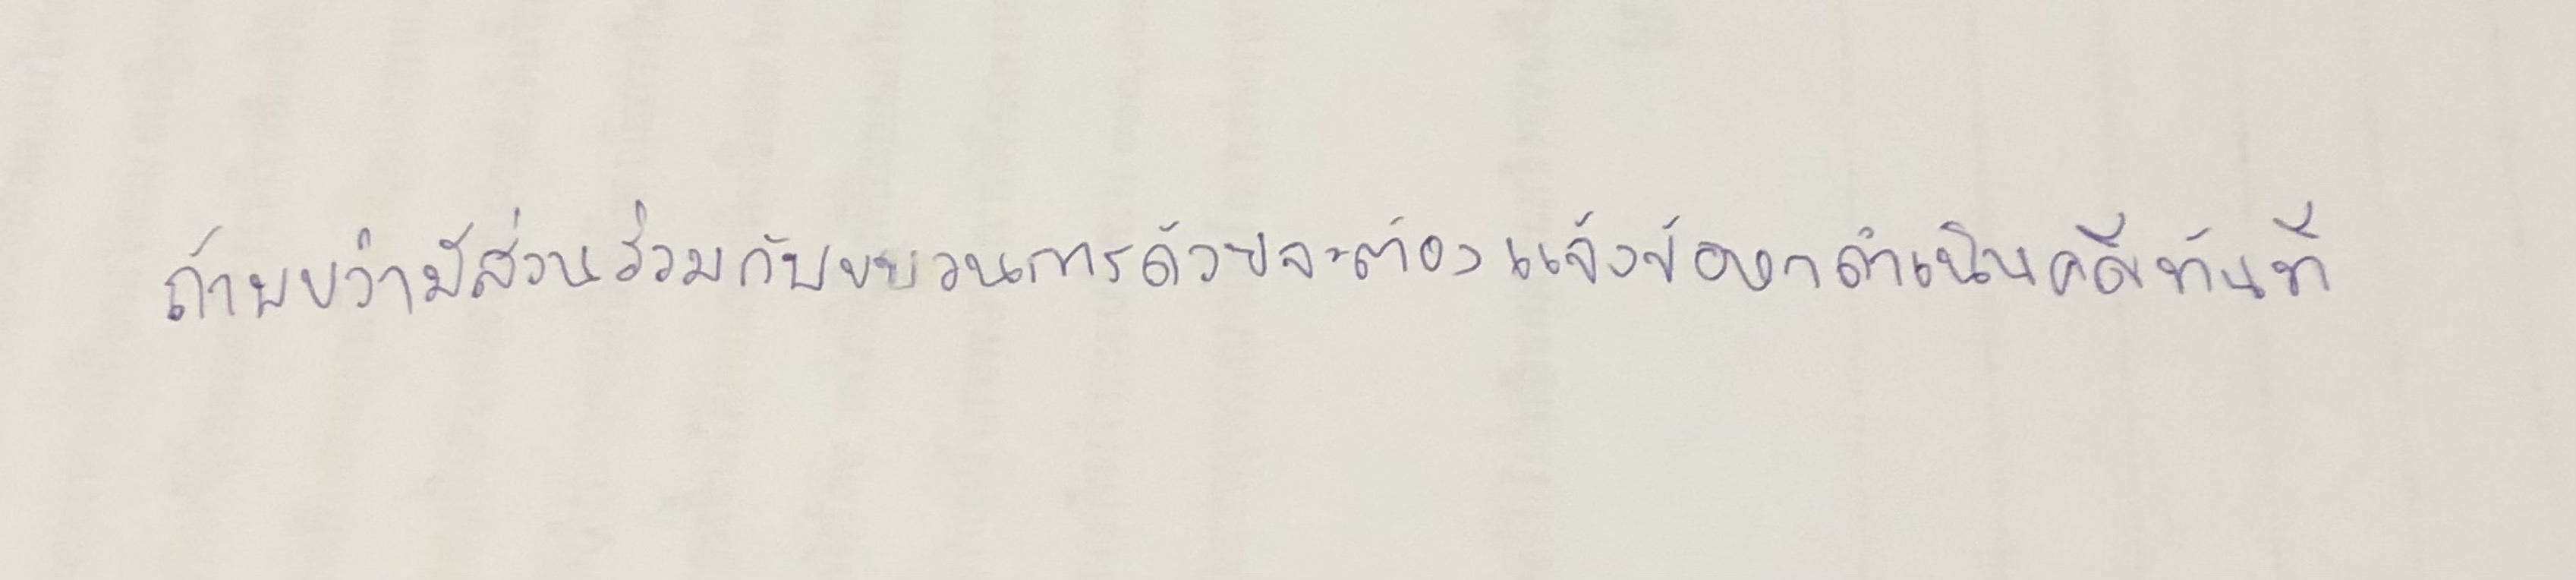
ถ้าพบว่ามีส่วนร่วมกับขบวนการด้วยจะต้องแจ้งข้อหาดำเนินคดีทันที